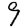
Digit: 9